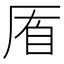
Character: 𠩮